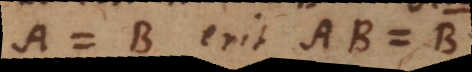
A = B erit AC =